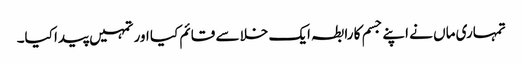
تمہاری ماں نے اپنے جسم کا رابطہ ایک خلا سے قائم کیا اور تمہیں پیدا کیا۔